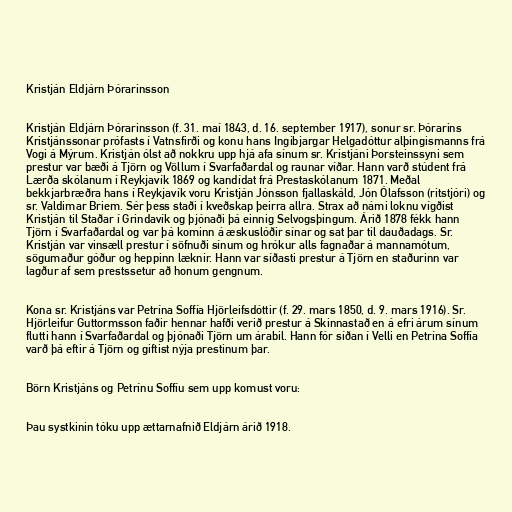
Kristján Eldjárn Þórarinsson

Kristján Eldjárn Þórarinsson (f. 31. maí 1843, d. 16. september 1917), sonur sr. Þórarins
Kristjánssonar prófasts í Vatnsfirði og konu hans Ingibjargar Helgadóttur alþingismanns frá
Vogi á Mýrum. Kristján ólst að nokkru upp hjá afa sínum sr. Kristjáni Þorsteinssyni sem
prestur var bæði á Tjörn og Völlum í Svarfaðardal og raunar víðar. Hann varð stúdent frá
Lærða skólanum í Reykjavík 1869 og kandídat frá Prestaskólanum 1871. Meðal
bekkjarbræðra hans í Reykjavík voru Kristján Jónsson fjallaskáld, Jón Ólafsson (ritstjóri) og
sr. Valdimar Briem. Sér þess staði í kveðskap þeirra allra. Strax að námi loknu vígðist
Kristján til Staðar í Grindavík og þjónaði þá einnig Selvogsþingum. Árið 1878 fékk hann
Tjörn í Svarfaðardal og var þá kominn á æskuslóðir sínar og sat þar til dauðadags. Sr.
Kristján var vinsæll prestur í söfnuði sínum og hrókur alls fagnaðar á mannamótum,
sögumaður góður og heppinn læknir. Hann var síðasti prestur á Tjörn en staðurinn var
lagður af sem prestssetur að honum gengnum.

Kona sr. Kristjáns var Petrína Soffía Hjörleifsdóttir (f. 29. mars 1850, d. 9. mars 1916). Sr.
Hjörleifur Guttormsson faðir hennar hafði verið prestur á Skinnastað en á efri árum sínum
flutti hann í Svarfaðardal og þjónaði Tjörn um árabil. Hann fór síðan í Velli en Petrína Soffía
varð þá eftir á Tjörn og giftist nýja prestinum þar.

Börn Kristjáns og Petrínu Soffíu sem upp komust voru:

Þau systkinin tóku upp ættarnafnið Eldjárn árið 1918.